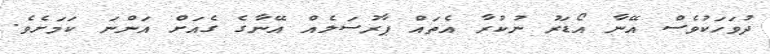
ދުވަހަކުވެސް އޭނާ އޯޑަރު ނުކުރާ އެތައް ޕާރުސަލެއް އޭނާގެ ގެއަށް އަންނަ ކަމަށެވެ.